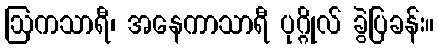
ဩကသာရီ၊ အနေကာသာရီ ပုဂ္ဂိုလ် ခွဲပြခန်း။